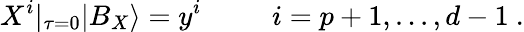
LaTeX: X^{i}|_{\tau=0}|B_{X}\rangle=y^{i}~~~~~~~~~~i=p+1,...,d-1~.